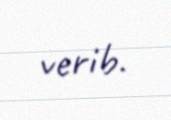
verib.